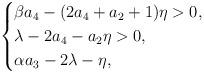
LaTeX: \begin{align*}\begin{cases}\beta a_4-(2a_4+a_2+1)\eta>0,\\\lambda-2a_4-a_2\eta>0,\\\alpha a_3-2\lambda-\eta,\end{cases}\end{align*}